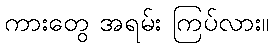
ကားတွေ အရမ်း ကြပ်လား။